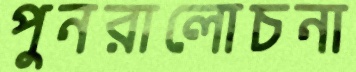
পুনরালোচনা